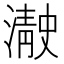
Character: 𰝓